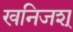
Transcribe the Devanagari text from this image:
खनिजश्